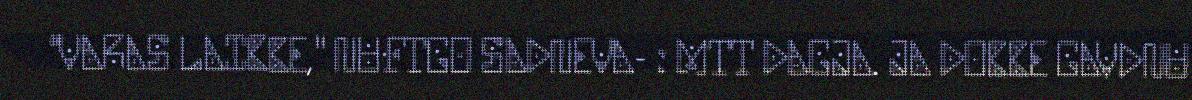
"VARAS LAIBBE," NUFTGO SADNEVA- : MTT DAGJA. JA DOBBE GAVDNU